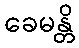
ခေမန္တိ